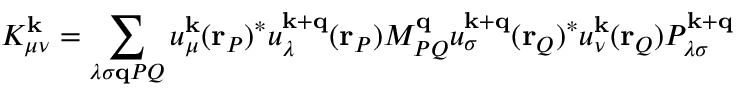
K _ { \mu \nu } ^ { \mathbf { k } } = \sum _ { \lambda \sigma \mathbf { q } P Q } u _ { \mu } ^ { \mathbf { k } } ( \mathbf { r } _ { P } ) ^ { * } u _ { \lambda } ^ { \mathbf { k } + \mathbf { q } } ( \mathbf { r } _ { P } ) M _ { P Q } ^ { \mathbf { q } } u _ { \sigma } ^ { \mathbf { k } + \mathbf { q } } ( \mathbf { r } _ { Q } ) ^ { * } u _ { \nu } ^ { \mathbf { k } } ( \mathbf { r } _ { Q } ) P _ { \lambda \sigma } ^ { \mathbf { k } + \mathbf { q } }